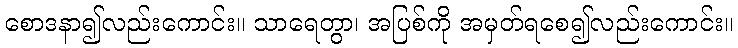
စောဒနာ၍လည်းကောင်း။ သာရေတွာ၊ အပြစ်ကို အမှတ်ရစေ၍လည်းကောင်း။